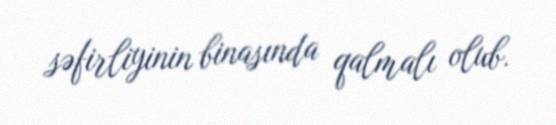
səfirliyinin binasında qalmalı olub.